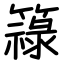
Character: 簶